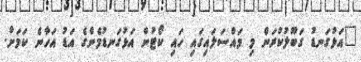
"އަޅުގަނޑު ގަބޫލުކުރަން މި މައްސަލައިގައި ހައި ކޯޓުން އަޅުގަނޑުމެންގެ އަޑު އަހާނެ ކަމަށް.